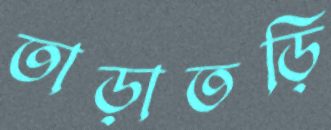
তাড়াতড়ি